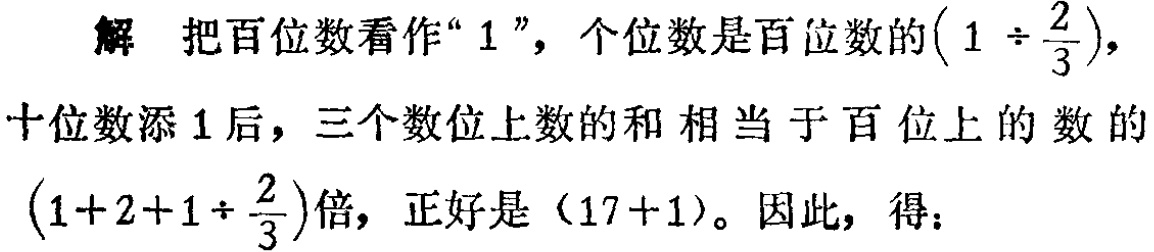
解 把百位数看作“$1$”，个位数是百位数的$\left(1 \div \frac{2}{3}\right)$，

十位数添$1$后，三个数位上数的和 相当于百位上的数的

$\left(1 + 2+1 \div \frac{2}{3}\right)$倍，正好是$(17 + 1)$。因此，得：